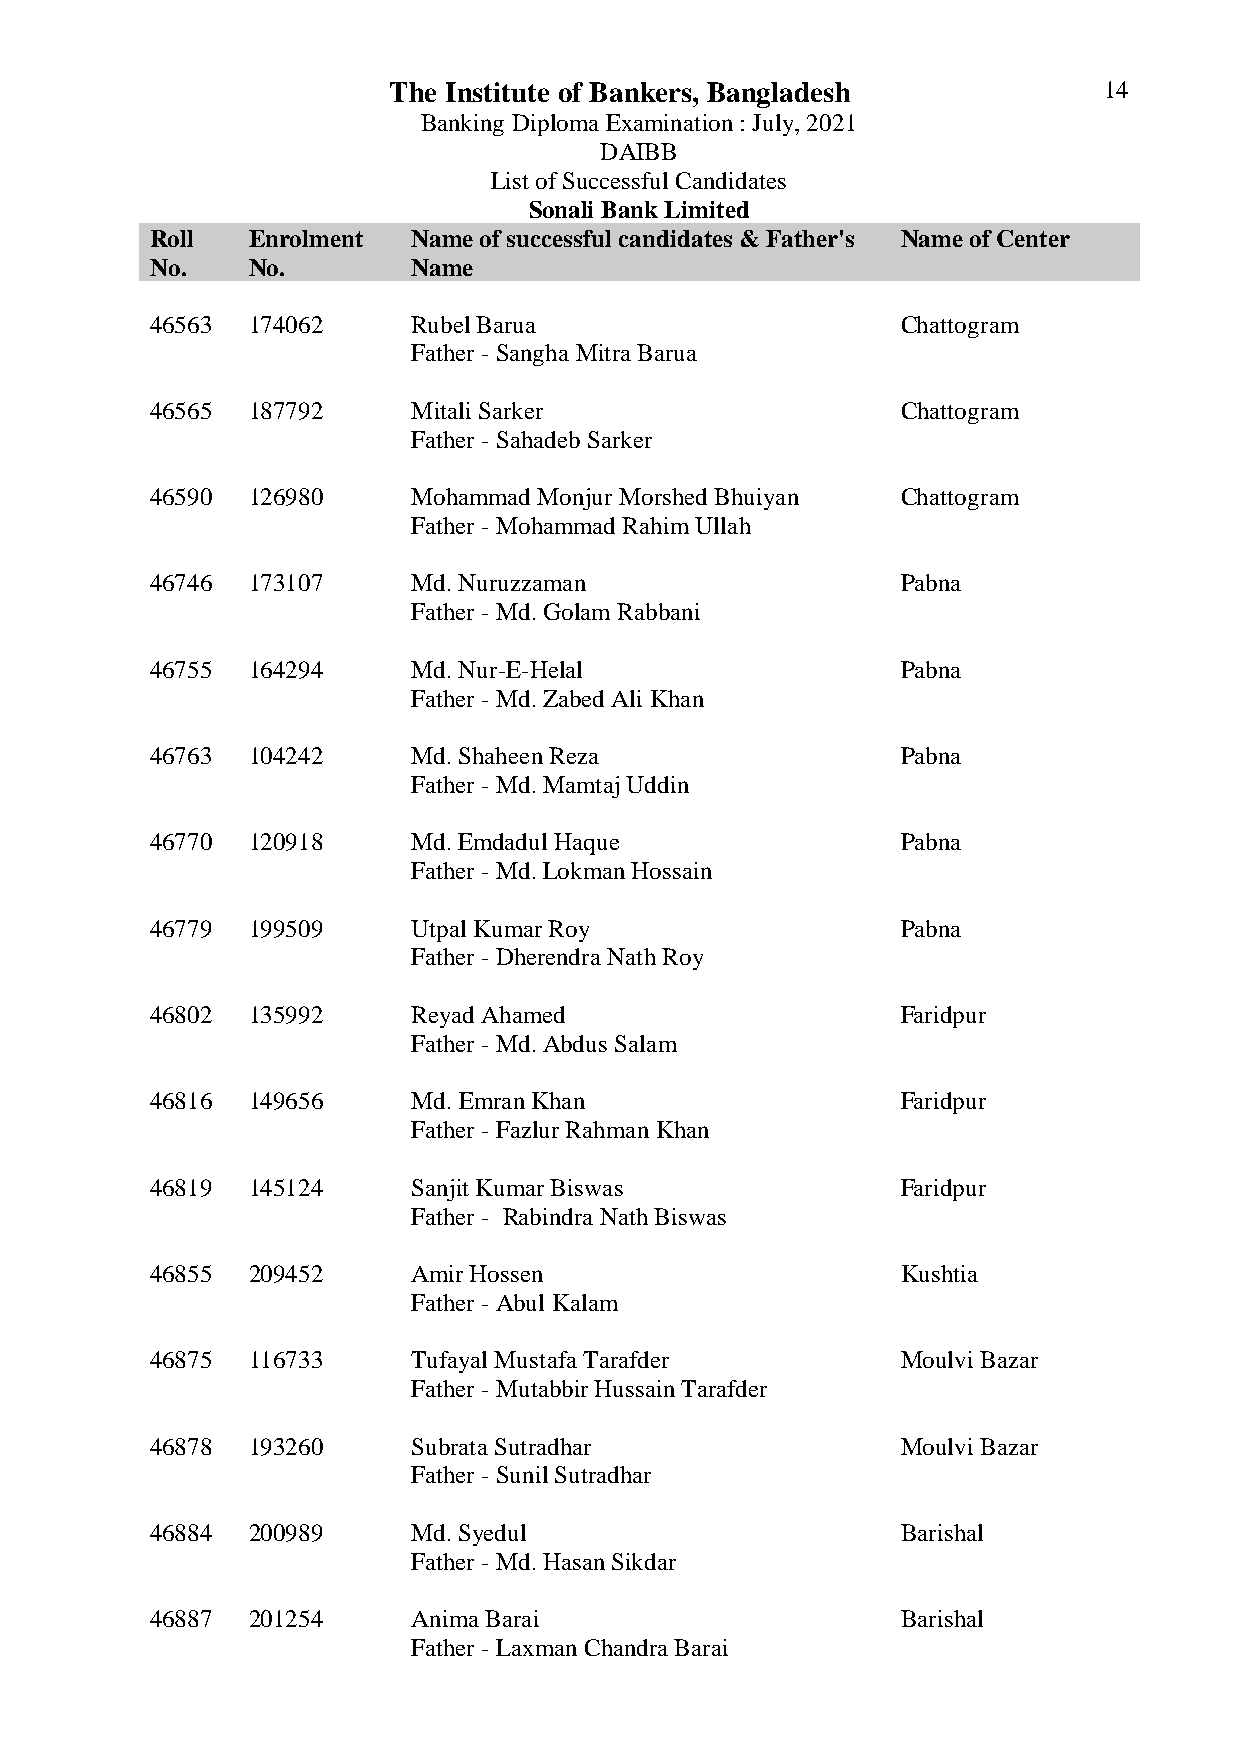
The Institute of Bankers, Bangladesh           14
 Banking Diploma Examination : July, 2021
 DAIBB
 List of Successful Candidates
 Sonali Bank Limited
 Roll  Enrolment  Name of successful candidates & Father's Name of Center
 No.   No.        Name
 46563 174062     Rubel Barua                      Chattogram
 Father - Sangha Mitra Barua
 46565 187792     Mitali Sarker                    Chattogram
 Father - Sahadeb Sarker
 46590 126980     Mohammad Monjur Morshed Bhuiyan  Chattogram
 Father - Mohammad Rahim Ullah
 46746 173107     Md. Nuruzzaman                   Pabna
 Father - Md. Golam Rabbani
 46755 164294     Md. Nur-E-Helal                  Pabna
 Father - Md. Zabed Ali Khan
 46763 104242     Md. Shaheen Reza                 Pabna
 Father - Md. Mamtaj Uddin
 46770 120918     Md. Emdadul Haque                Pabna
 Father - Md. Lokman Hossain
 46779 199509     Utpal Kumar Roy                  Pabna
 Father - Dherendra Nath Roy
 46802 135992     Reyad Ahamed                     Faridpur
 Father - Md. Abdus Salam
 46816 149656     Md. Emran Khan                   Faridpur
 Father - Fazlur Rahman Khan
 46819 145124     Sanjit Kumar Biswas              Faridpur
 Father - Rabindra Nath Biswas
 46855 209452     Amir Hossen                      Kushtia
 Father - Abul Kalam
 46875 116733     Tufayal Mustafa Tarafder         Moulvi Bazar
 Father - Mutabbir Hussain Tarafder
 46878 193260     Subrata Sutradhar                Moulvi Bazar
 Father - Sunil Sutradhar
 46884 200989     Md. Syedul                       Barishal
 Father - Md. Hasan Sikdar
 46887 201254     Anima Barai                      Barishal
 Father - Laxman Chandra Barai